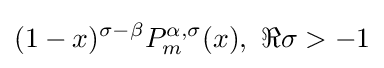
(1-x)^{\sigma -\beta }P_{m}^{\alpha ,\sigma }(x),\ \Re \sigma >-1